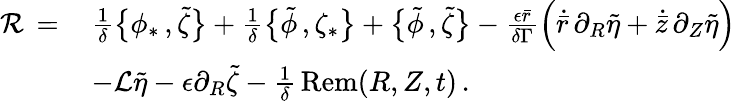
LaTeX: \begin{array}{rl}{\mathcal{R}\, =\, }&{\frac{1}{\delta}\bigl\{ \phi_{*}\, ,\tilde{\zeta}\bigr\} +\frac{1}{\delta}\bigl\{ \tilde{\phi}\, ,\zeta_{*}\bigr\} +\bigl\{ \tilde{\phi}\, ,\tilde{\zeta}\bigr\} -\frac{\epsilon\bar{r}}{\delta\Gamma}\Bigl(\dot{\bar{r}}\, \partial_{R}\tilde{\eta}+\dot{\bar{z}}\, \partial_{Z}\tilde{\eta}\Bigr)}\\ &{-\mathcal{L}\tilde{\eta}-\epsilon\partial_{R}\tilde{\zeta}-\frac{1}{\delta}\, \mathrm{Rem}(R,Z,t)\, .}\end{array}